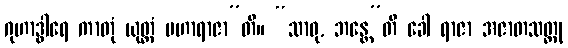
ဂုဟာဒွါရေ ကာတုံ ယုတ္တံ မဟာရာဇာ”တိ။ “သာဓု, ဘန္တေ”တိ ခေါ ရာဇာ အဇာတသတ္တု